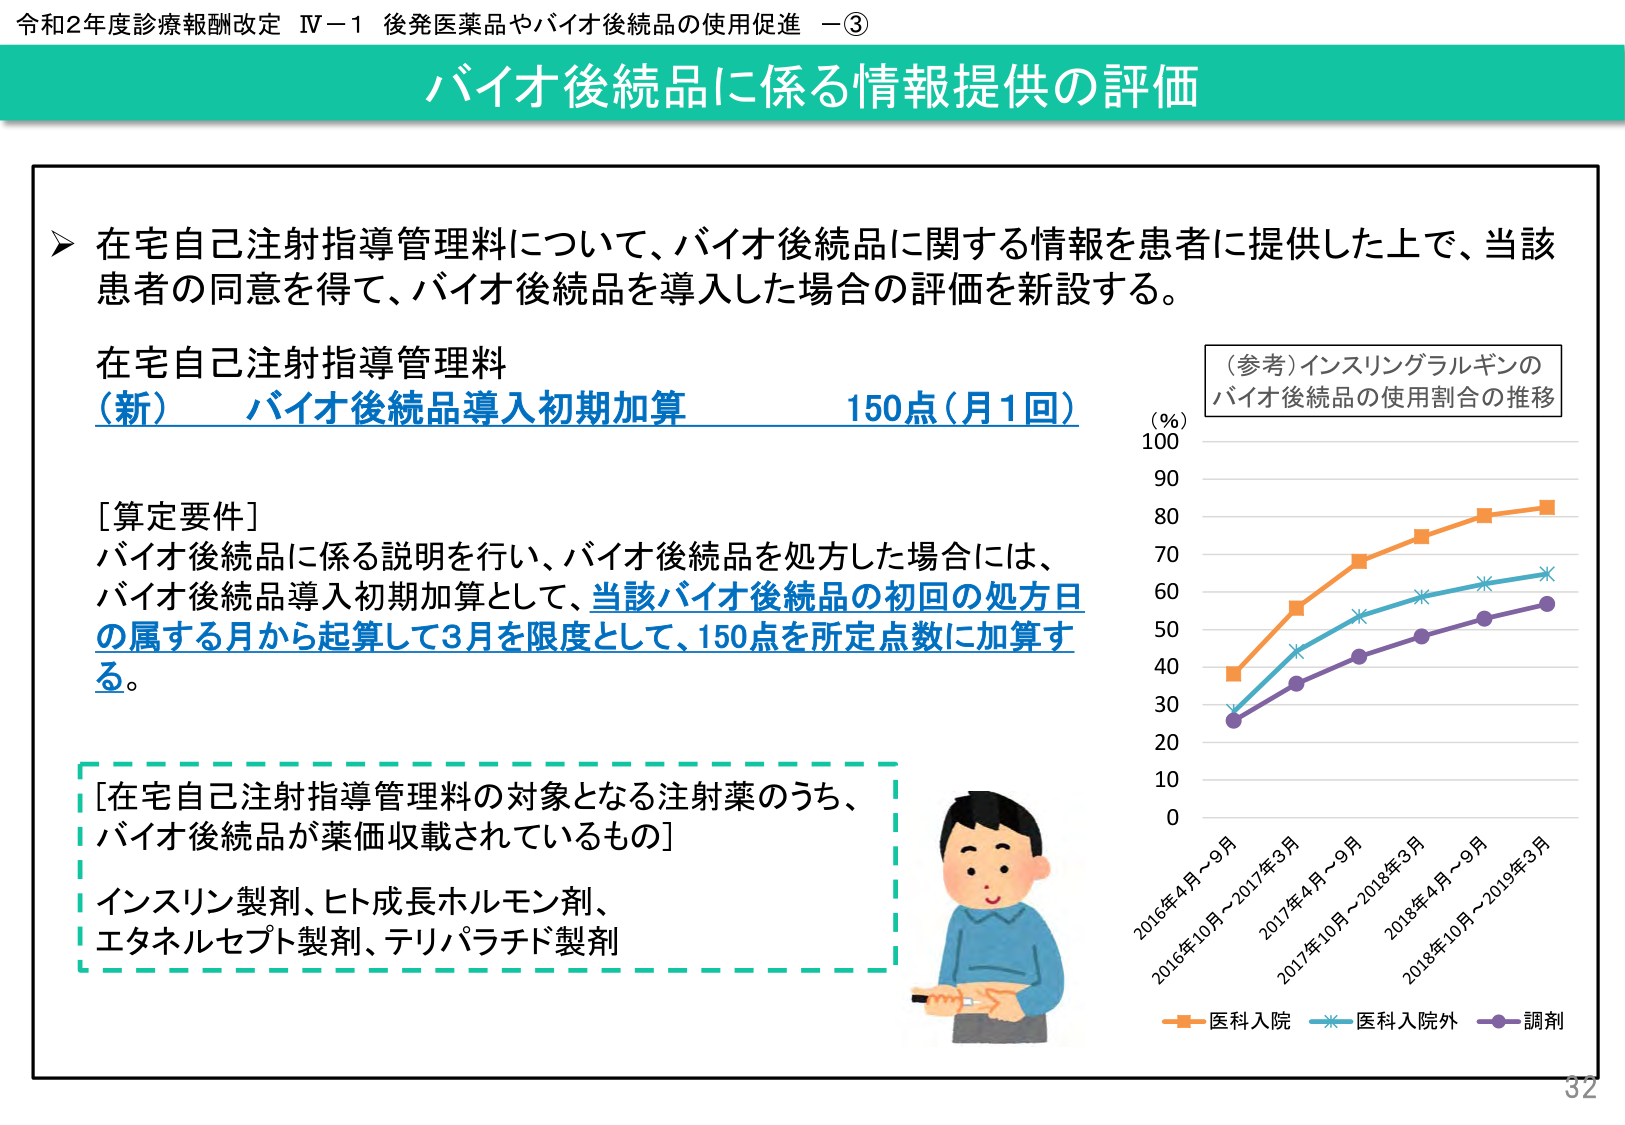
令和2年度診療報酬改定 Ⅳ－1 後発医薬品やバイオ後続品の使用促進 －③

バイオ後続品に係る情報提供の評価

➤ 在宅自己注射指導管理料について、バイオ後続品に関する情報を患者に提供した上で、当該患者の同意を得て、バイオ後続品を導入した場合の評価を新設する。

在宅自己注射指導管理料
（新） バイオ後続品導入初期加算 150点（月1回）

[算定要件]
バイオ後続品に係る説明を行い、バイオ後続品を処方した場合には、
バイオ後続品導入初期加算として、当該バイオ後続品の初回の処方日の属する月から起算して3月を限度として、150点を所定点数に加算する。

[在宅自己注射指導管理料の対象となる注射薬のうち、
バイオ後続品が薬価収載されているもの]
インスリン製剤、ヒト成長ホルモン剤、
エタネルセプト製剤、テリパラチド製剤

（参考）インスリングラルギンの
バイオ後続品の使用割合の推移

（％）
100
90
80
70
60
50
40
30
20
10
0

2016年4月～9月
2016年10月～2017年3月
2017年4月～9月
2017年10月～2018年3月
2018年4月～9月
2018年10月～2019年3月

－ 医科入院
－ 医科入院外
－ 調剤

32